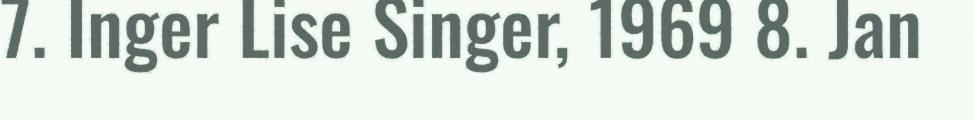
7. Inger Lise Singer, 1969 8. Jan